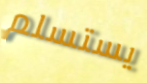
يستسلم